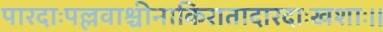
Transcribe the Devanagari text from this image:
पारदाःपल्लवाश्चीनाकिरातादारदाःखशाः।।